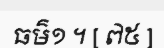
ធម៌១ ។ [ ៧៥ ]